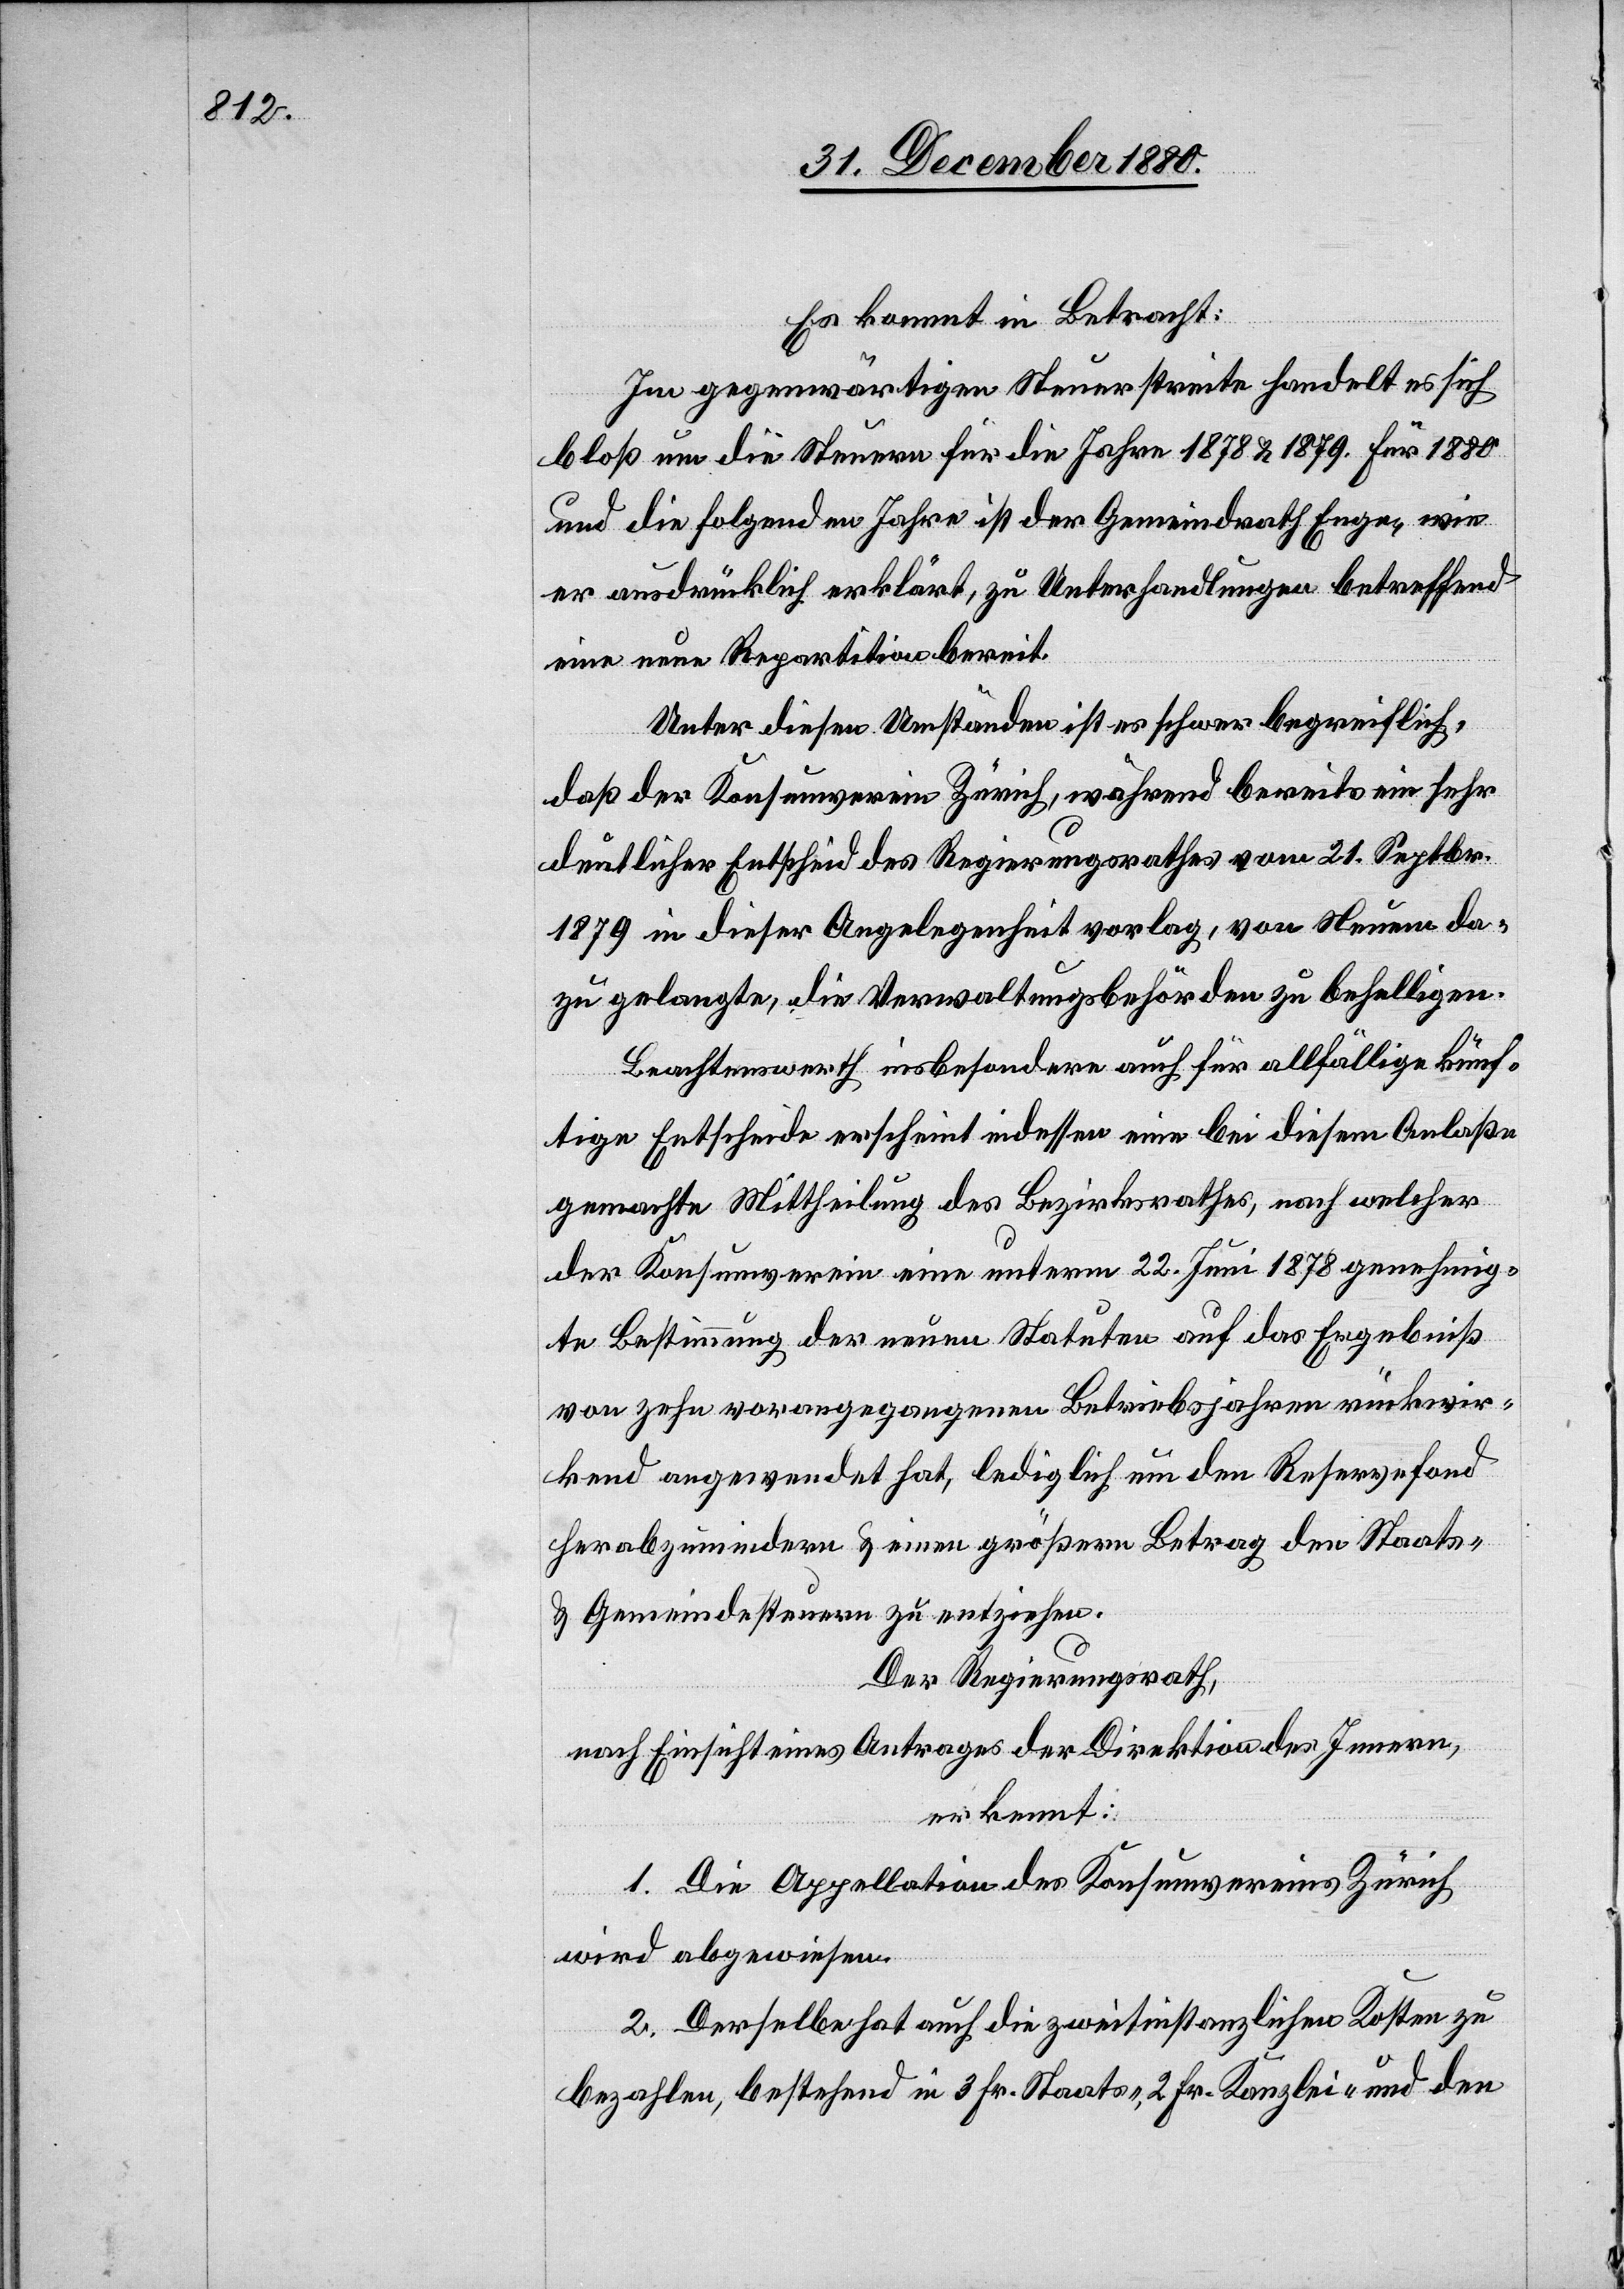
Es kommt in Betracht:
Im gegenwärtigen Steuerstreite handelt es sich
bloß um die Steuern für die Jahre 1878 & 1879. Für 1880
und die folgenden Jahre ist der Gemeindrath Enge, wie
er ausdrücklich erklärt, zu Unterhandlungen betreffend
eine neue Repartition bereit.
Unter diesen Umständen ist es schwer begreiflich,
daß der Konsumverein Zürich, während bereits ein sehr
deutlicher Entscheid des Regierungsrathes vom 21. Septbr.
1879 in dieser Angelegenheit vorlag, von Neuem da¬
zu gelangte, die Verwaltungsbehörden zu behelligen.
Beachtenswert insbesondere auch für allfällige künf¬
tige Entscheide erscheint indessen eine bei diesem Anlaße
gemachte Mittheilung des Bezirksrathes, nach welcher
der Konsumverein eine unterm 22. Juni 1878 genehmig¬
te Bestimmung der neuen Statuten auf das Ergebniß
von zehn vorangegangenen Betriebsjahren rückwir¬
kend angewendet hat, lediglich um den Reservefond
herabzumindern & einen größern Betrag den Staats-
& Gemeindesteuern zu entziehen.
Der Regierungsrath,
nach Einsicht eines Antrages der Direktion des Innern,
erkennt:
1. Die Appellation des Konsumvereins Zürich
wird abgewiesen.
2. Derselbe hat die zweitinstanzlichen Kosten zu
bezahlen, bestehend in 3 Fr. Staats-, 2 Fr. Kanzlei- und den